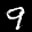
Label: 9